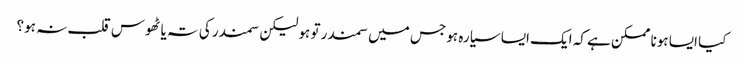
کیا ایسا ہونا ممکن ہے کہ ایک ایسا سیارہ ہو جس میں سمندر تو ہو لیکن سمندر کی تہ یا ٹھوس قلب نہ ہو؟